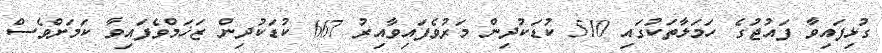
ގުޅިފައިވާ ފައުޖުގެ ހަމަލާތަކުގައި 510 ކުޑަކުދިން މަރުވެފައިވާއިރު 667 ކުޑަކުދިން ޒަޚަމްވެފައިވާ ކަމަށްވެސް